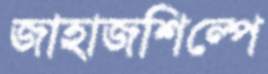
জাহাজশিল্পে